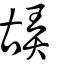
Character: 𠸙